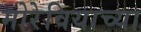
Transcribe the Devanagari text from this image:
मोरेवियाच्या